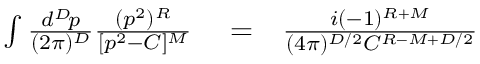
\begin{array} { r l r } { \int { \frac { d ^ { D } \! p } { ( 2 \pi ) ^ { D } } } { \frac { ( p ^ { 2 } ) ^ { R } } { [ p ^ { 2 } - C ] ^ { M } } } } & { { } = } & { { \frac { i ( - 1 ) ^ { R + M } } { ( 4 \pi ) ^ { D / 2 } C ^ { R - M + D / 2 } } } } \end{array}